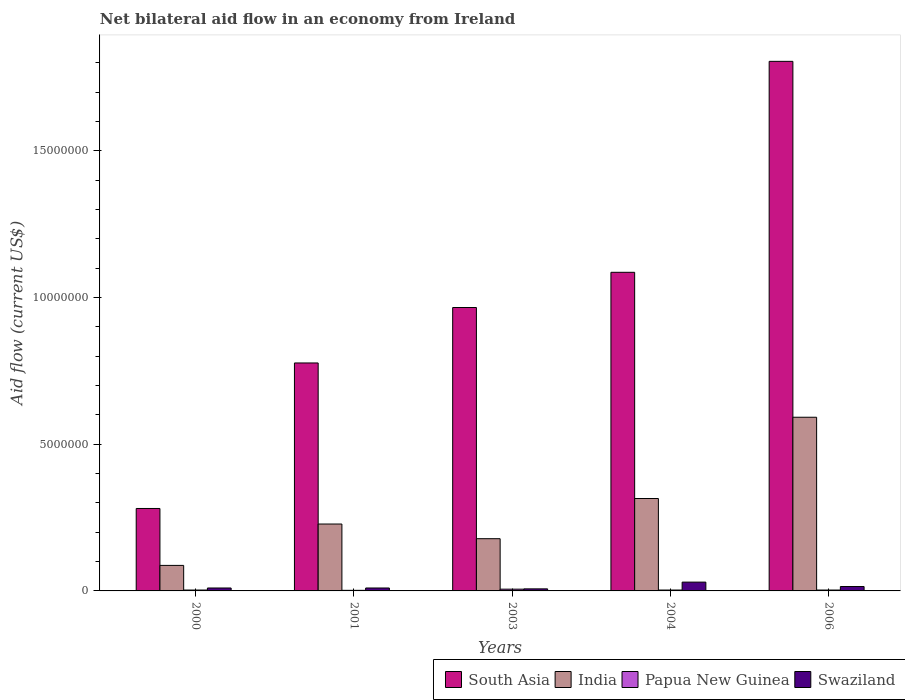
| Years | South Asia | India | Papua New Guinea | Swaziland |
 | --- | --- | --- | --- | --- |
 | 2000 | 2.81e+06 | 8.7e+05 | 3e+04 | 1e+05 |
 | 2001 | 7.77e+06 | 2.28e+06 | 2e+04 | 1e+05 |
 | 2003 | 9.66e+06 | 1.78e+06 | 6e+04 | 7e+04 |
 | 2004 | 1.09e+07 | 3.15e+06 | 3e+04 | 3e+05 |
 | 2006 | 1.80e+07 | 5.92e+06 | 3e+04 | 1.5e+05 |